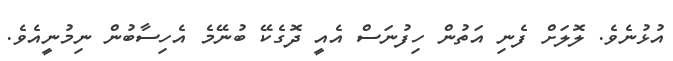
އުޅުނެވެ. ލޮލަށް ފެނި އަތުން ހިފުނަސް އެއީ ދޮގެކޭ ބުނޭމެ އެހިސާބުން ނިމުނީއެވެ.